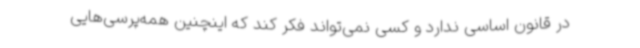
در قانون اساسی ندارد و کسی نمی‌تواند فکر کند که اینچنین همه‌پرسی‌هایی